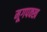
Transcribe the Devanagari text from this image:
मूगपक्ख